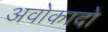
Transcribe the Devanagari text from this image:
अवोकादो